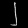
Digit: ၂